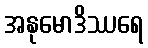
အနုမောဒိဿရေ